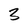
Character: 3